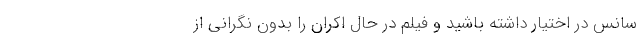
سانس در اختیار داشته باشید و فیلم در حال اکران را بدون نگرانی از